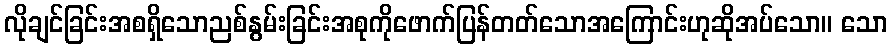
လိုချင်ခြင်းအစရှိသောညစ်နွမ်းခြင်းအစုကိုဖောက်ပြန်တတ်သောအကြောင်းဟုဆိုအပ်သော။ သော